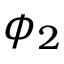
\phi _ { 2 }